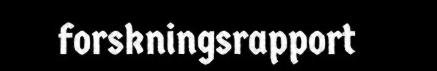
forskningsrapport